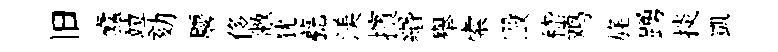
旧蠧竝劾麐侈敝犹甍渼擯緡舉索毆嵇鸡旄踴掞凱